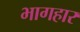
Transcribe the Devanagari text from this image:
भागहार